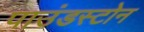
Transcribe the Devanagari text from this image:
पाउंडस्टोन